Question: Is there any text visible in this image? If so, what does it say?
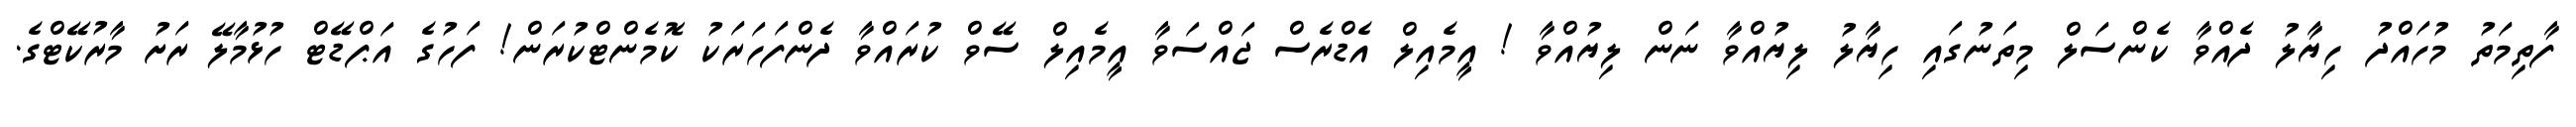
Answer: ފާތިމަތު މުހައްދު ހިޔާލު ދެއްވާ ކެންސަލް މިތަނުގައި ހިޔާލު ލިޔުއްވާ ނަން ލިޔުއްވާ ! އީމެއިލް އެޑްރެސް ޖައްސަވާ އީމެއިލް ސޭވް ކުރައްވާ ދެންފަހަރަކު ކޮމެންޓްކުރަން! ފަހުގެ އަޕްޑޭޓް ހުޅުމާލޭ ރަށު މާރުކޭޓްގެ.